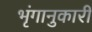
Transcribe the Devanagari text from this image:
भृंगानुकारी